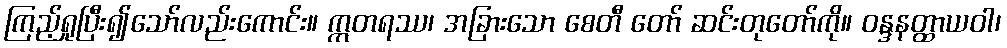
ကြည့်ရှုပြီး၍သော်လည်းကောင်း။ ဣတရဿ၊ အခြားသော စေတီ တော် ဆင်းတုတော်ကို။ ဝန္ဒနတ္ထာယဝါ၊